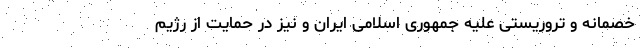
خصمانه و تروریستی علیه جمهوری اسلامی ایران و نیز در حمایت از رژیم